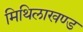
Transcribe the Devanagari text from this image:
मिथिलाखण्ड